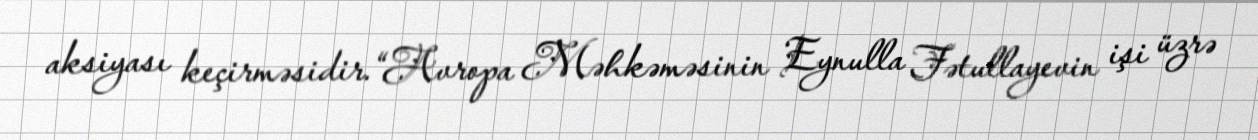
aksiyası keçirməsidir.“Avropa Məhkəməsinin Eynulla Fətullayevin işi üzrə